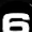
Digit: 6